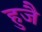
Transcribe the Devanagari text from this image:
हुजै